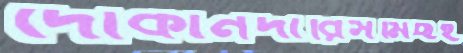
দোকানদারিসমিছই